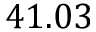
4 1 . 0 3